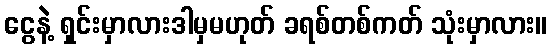
ငွေနဲ့ ရှင်းမှာလားဒါမှမဟုတ် ခရစ်တစ်ကတ် သုံးမှာလား။